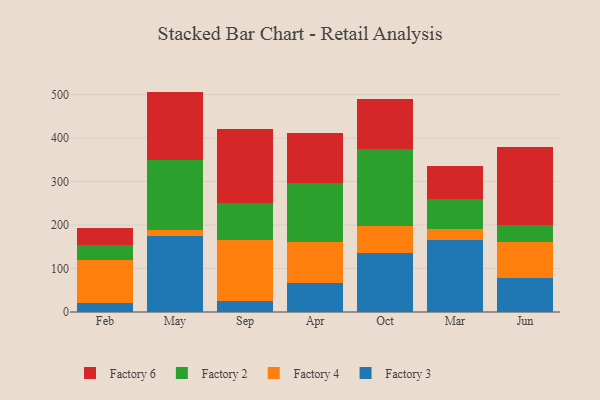
{"axis": {"x": "Month", "y": "Website Visitors"}, "legend": ["Factory 2", "Factory 3", "Factory 4", "Factory 6"], "data": [{"x": "Feb", "y": 20.7, "type": "Factory 3"}, {"x": "Feb", "y": 99.7, "type": "Factory 4"}, {"x": "Feb", "y": 34.7, "type": "Factory 2"}, {"x": "Feb", "y": 38.4, "type": "Factory 6"}, {"x": "May", "y": 174.9, "type": "Factory 3"}, {"x": "May", "y": 14.4, "type": "Factory 4"}, {"x": "May", "y": 161.2, "type": "Factory 2"}, {"x": "May", "y": 156.1, "type": "Factory 6"}, {"x": "Sep", "y": 25.2, "type": "Factory 3"}, {"x": "Sep", "y": 141.3, "type": "Factory 4"}, {"x": "Sep", "y": 83.4, "type": "Factory 2"}, {"x": "Sep", "y": 171.2, "type": "Factory 6"}, {"x": "Apr", "y": 66.6, "type": "Factory 3"}, {"x": "Apr", "y": 94.2, "type": "Factory 4"}, {"x": "Apr", "y": 134.7, "type": "Factory 2"}, {"x": "Apr", "y": 115.1, "type": "Factory 6"}, {"x": "Oct", "y": 135.6, "type": "Factory 3"}, {"x": "Oct", "y": 61.7, "type": "Factory 4"}, {"x": "Oct", "y": 177.6, "type": "Factory 2"}, {"x": "Oct", "y": 114.8, "type": "Factory 6"}, {"x": "Mar", "y": 164.6, "type": "Factory 3"}, {"x": "Mar", "y": 25.7, "type": "Factory 4"}, {"x": "Mar", "y": 70.0, "type": "Factory 2"}, {"x": "Mar", "y": 75.5, "type": "Factory 6"}, {"x": "Jun", "y": 78.3, "type": "Factory 3"}, {"x": "Jun", "y": 83.1, "type": "Factory 4"}, {"x": "Jun", "y": 38.2, "type": "Factory 2"}, {"x": "Jun", "y": 179.7, "type": "Factory 6"}]}